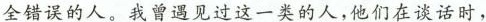
全错误的人。我曾遇见过这一类的人，他们在谈话时，